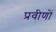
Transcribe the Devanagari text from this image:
प्रवीणों